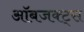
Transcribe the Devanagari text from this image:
ऑबजक्ट्स